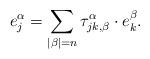
LaTeX: \begin{align*}e_j^\alpha=\sum_{|\beta|=n}\tau^\alpha_{jk, \beta}\cdot e_k^\beta. \end{align*}